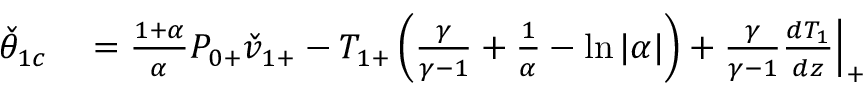
\begin{array} { r l } { \check { \theta } _ { 1 c } } & { { } = \frac { 1 + \alpha } { \alpha } P _ { 0 + } \check { v } _ { 1 + } - { T } _ { 1 + } \left( \frac { \gamma } { \gamma - 1 } + \frac { 1 } { \alpha } - \ln { | \alpha | } \right) + \frac { \gamma } { \gamma - 1 } \frac { d T _ { 1 } } { d z } \Big | _ { + } } \end{array}